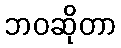
ဘဝဆိုတာ